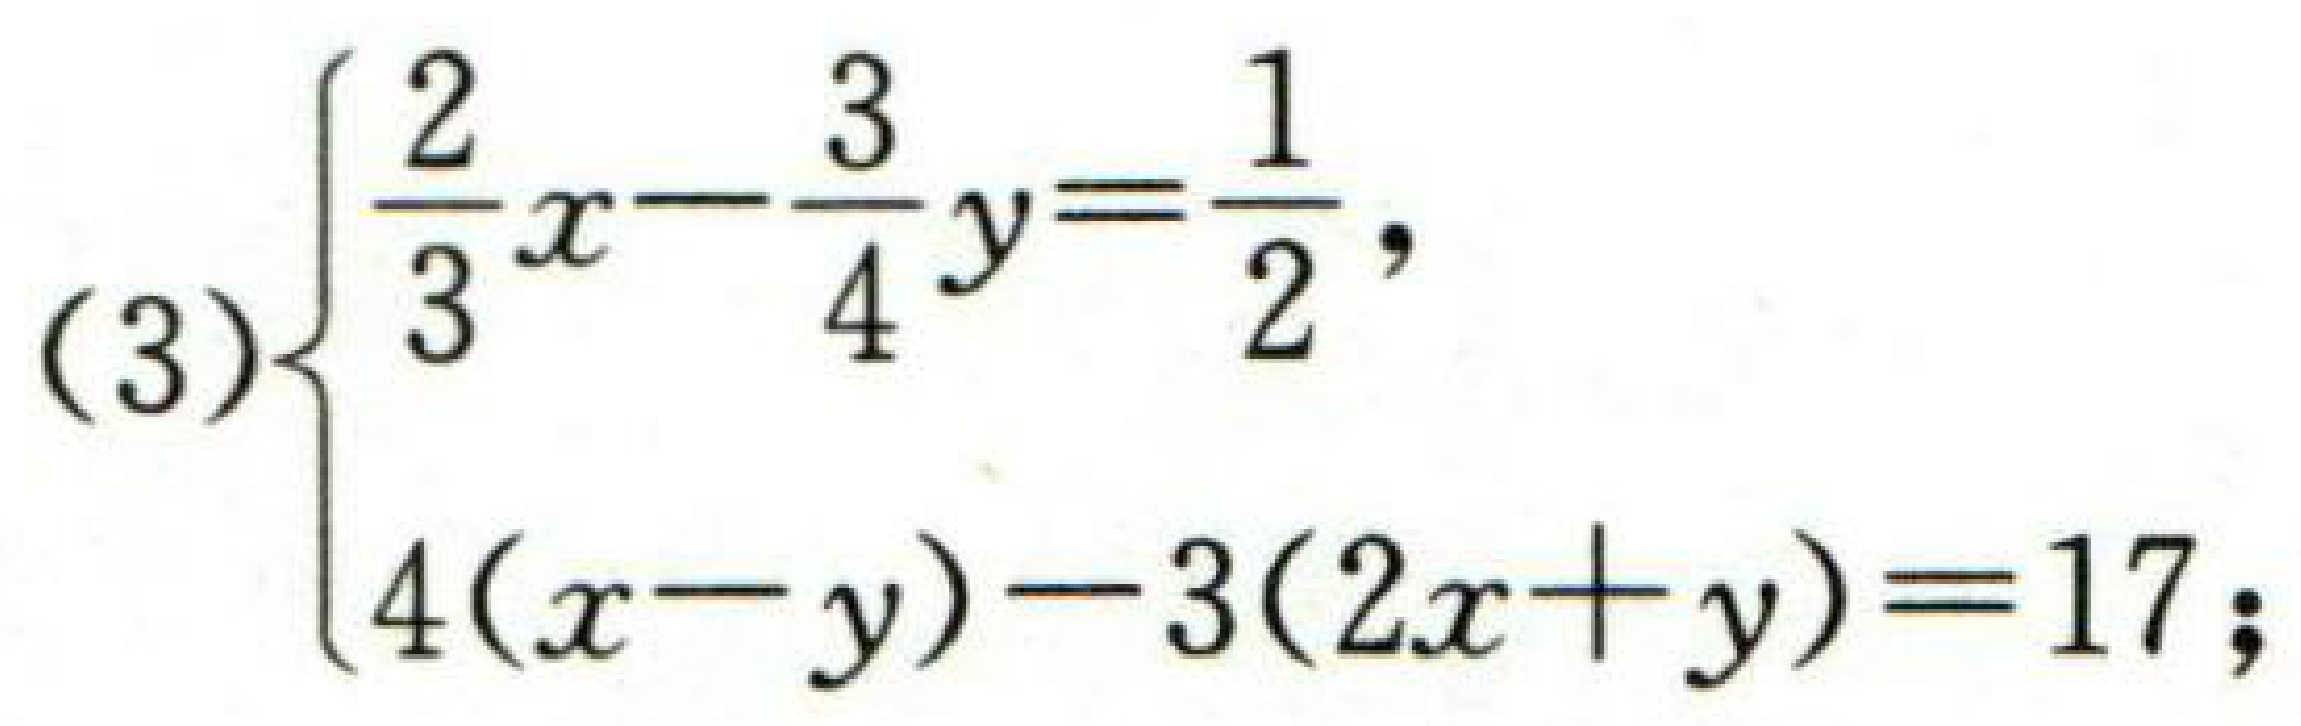
(3)$\begin{cases}\frac{2}{3}x - \frac{3}{4}y = \frac{1}{2},\\4(x - y) - 3(2x + y) = 17;\end{cases}$